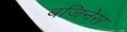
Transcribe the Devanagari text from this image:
बज़िनेस